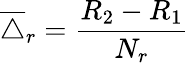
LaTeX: \overline{{\triangle}}_{r}=\frac{R_{2}-R_{1}}{N_{r}}